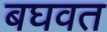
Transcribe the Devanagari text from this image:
बघवत